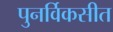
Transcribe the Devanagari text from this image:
पुनर्विकसीत